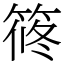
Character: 𥮴